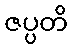
ဇပ္ပတိ